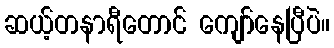
ဆယ့်တနာရီတောင် ကျော်နေပြီပဲ။